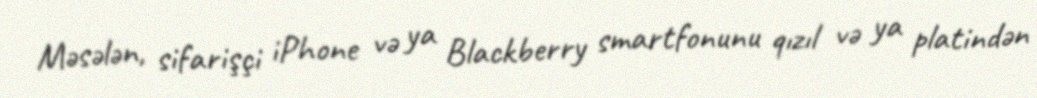
Məsələn, sifarişçi iPhone və ya Blackberry smartfonunu qızıl və ya platindən